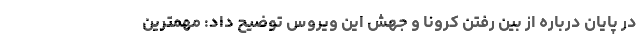
در پایان درباره از بین رفتن کرونا و جهش این ویروس توضیح داد: مهمترین